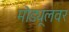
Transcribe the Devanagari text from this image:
मोड्यूलवर